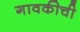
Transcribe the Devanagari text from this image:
गावकीची